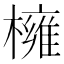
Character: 𭬎